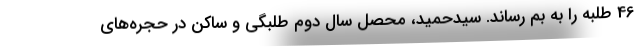
46 طلبه را به بم رساند. سيدحميد، محصل سال دوم طلبگي و ساكن در حجره‌هاي